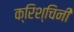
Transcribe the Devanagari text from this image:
क्रिश्चिनी